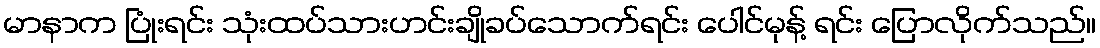
မာနာက ပြုံးရင်း သုံးထပ်သားဟင်းချိုခပ်သောက်ရင်း ပေါင်မုန့် ရင်း ပြောလိုက်သည်။